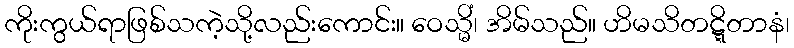
ကိုးကွယ်ရာဖြစ်သကဲ့သို့လည်းကောင်း။ ဝေသ္မိံ၊ အိမ်သည်။ ဟိမသိတဋ္ဋိတာနံ၊